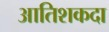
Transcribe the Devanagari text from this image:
आतिशकदा